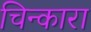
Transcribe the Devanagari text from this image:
चिन्कारा